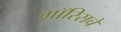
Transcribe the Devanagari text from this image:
मॉरिसचे